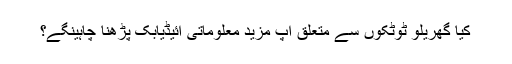
کیا گھریلو ٹوٹکوں سے متعلق آپ مزید معلوماتی آئیڈیابک پڑھنا چاہینگے؟